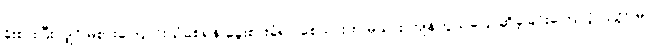
ခိုးစားပြီးလျှင် မစားကြောင်းယုံစေရန် ခွေးစားခံရပါစေသားဟု မုသား ကျိန်တွယ်ပြောဆိုခဲ့ခြင်းကြောင့် ပြိတ္တာမ